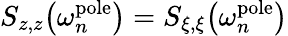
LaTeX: S_{z,z}\big(\omega_{n}^{\mathrm{pole}}\big)=S_{\xi,\xi}\big(\omega_{n}^{\mathrm{pole}}\big)